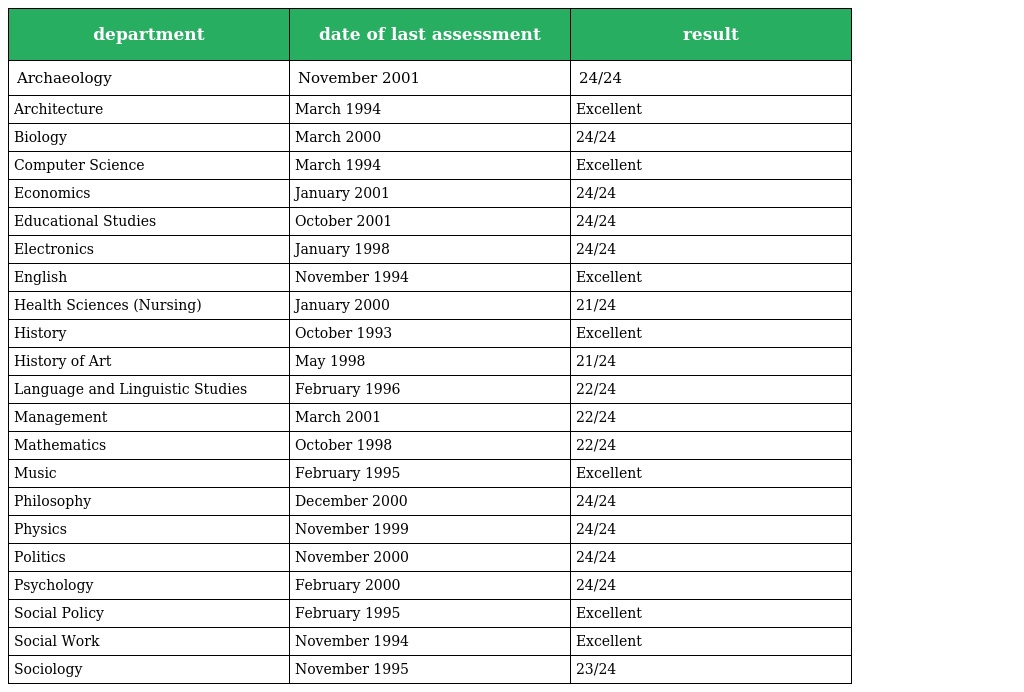
| department | date of last assessment | result |
 | --- | --- | --- |
 | Archaeology | November 2001 | 24/24 |
 | Architecture | March 1994 | Excellent |
 | Biology | March 2000 | 24/24 |
 | Computer Science | March 1994 | Excellent |
 | Economics | January 2001 | 24/24 |
 | Educational Studies | October 2001 | 24/24 |
 | Electronics | January 1998 | 24/24 |
 | English | November 1994 | Excellent |
 | Health Sciences (Nursing) | January 2000 | 21/24 |
 | History | October 1993 | Excellent |
 | History of Art | May 1998 | 21/24 |
 | Language and Linguistic Studies | February 1996 | 22/24 |
 | Management | March 2001 | 22/24 |
 | Mathematics | October 1998 | 22/24 |
 | Music | February 1995 | Excellent |
 | Philosophy | December 2000 | 24/24 |
 | Physics | November 1999 | 24/24 |
 | Politics | November 2000 | 24/24 |
 | Psychology | February 2000 | 24/24 |
 | Social Policy | February 1995 | Excellent |
 | Social Work | November 1994 | Excellent |
 | Sociology | November 1995 | 23/24 |